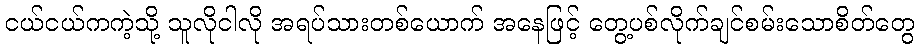
ငယ်ငယ်ကကဲ့သို့ သူလိုငါလို အရပ်သားတစ်ယောက် အနေဖြင့် တွေ့ပစ်လိုက်ချင်စမ်းသောစိတ်တွေ